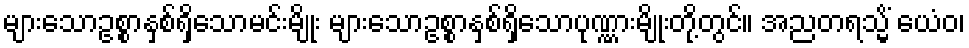
များသောဥစ္စာနှစ်ရှိသောမင်းမျိုး များသောဥစ္စာနှစ်ရှိသောပုဏ္ဏားမျိုးတို့တွင်။ အညတရသ္မိံ ယေံဝ၊